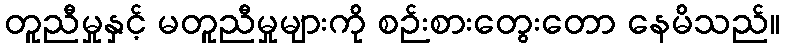
တူညီမှုနှင့် မတူညီမှုများကို စဉ်းစားတွေးတော နေမိသည်။